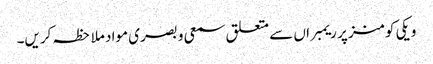
ویکی کومنز پر ریمبراں سے متعلق سمعی و بصری مواد ملاحظہ کریں۔